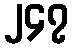
၂၄၇